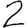
Digit: 2